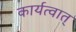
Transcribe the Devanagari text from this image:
कार्यत्वात्